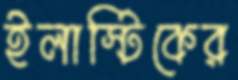
ইলাস্টিকের